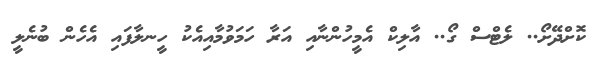
ކޮށްދޭށޯ.. ލެޓްސް ގޯ.. އާލިކް އެމީހުންނާއި އަރާ ހަމަވުމާއިއެކު ހީނލާފައި އެހެން ބުނެލީ